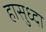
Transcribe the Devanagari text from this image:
हासुध्दा